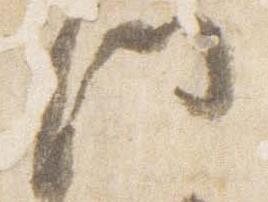
門